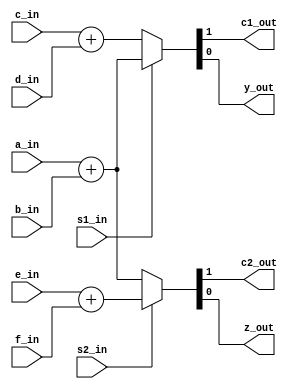
module rs(a_in,b_in,c_in,d_in,e_in,f_in,s1_in,s2_in,c1_out,c2_out,y_out,z_out);
input a_in,b_in,c_in,d_in,e_in,f_in,s1_in,s2_in;
output reg y_out,z_out,c1_out,c2_out;
always@(a_in or b_in or c_in or d_in or s1_in) begin
//always@(s1_in) begin
	if(s1_in) {c1_out,y_out}=a_in+b_in;
	else {c1_out,y_out}=c_in+d_in;
end

always@(a_in or b_in or e_in or f_in or s2_in) begin
//always@(s2_in) begin
	if(s2_in) {c2_out,z_out}=e_in+f_in;
	else {c2_out,z_out}=a_in+b_in;
end
endmodule